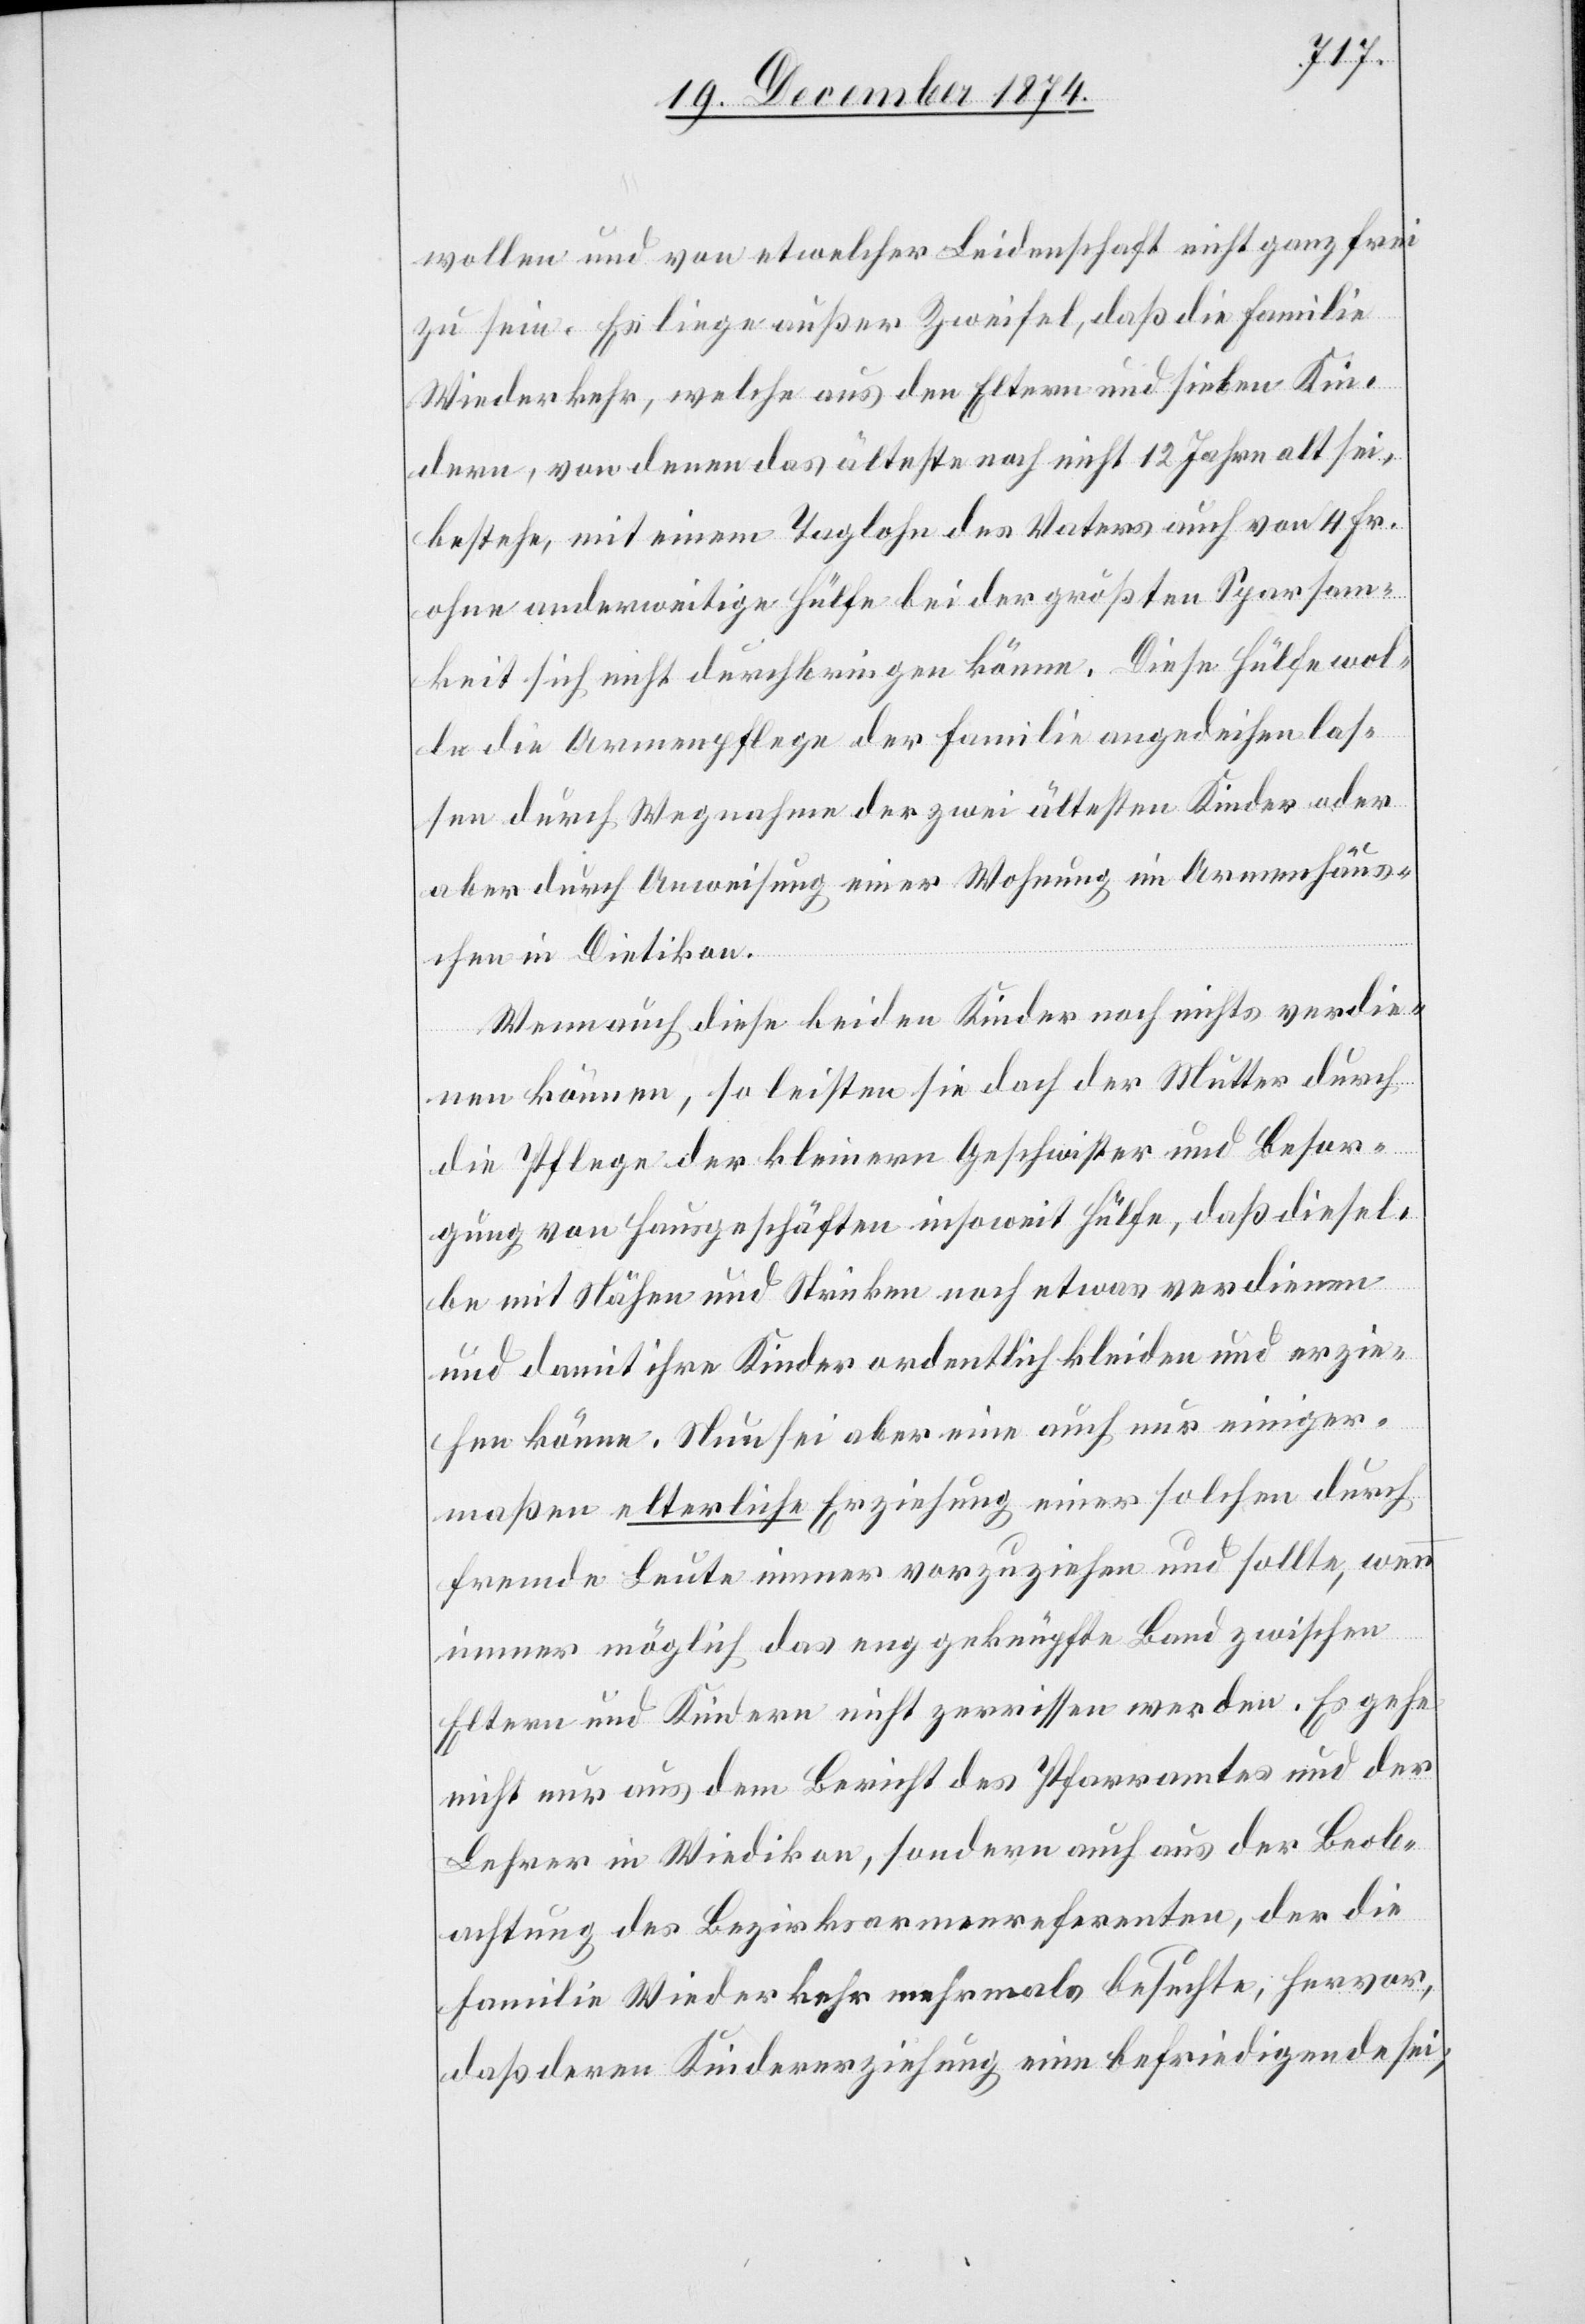
wollen und von etwelcher Leidenschaft nicht ganz frei
zu sein. Es liege außer Zweifel, daß die Familie
Wiederkehr, welche aus den Eltern und sieben Kin¬
dern, von denen das älteste noch nicht 12 Jahre alt sei,
bestehe, mit einem Taglohn des Vaters auch von 4 Fr.
ohne anderweitige Hülfe bei der größten Sparsam¬
keit sich nicht durchbringen könne. Diese Hülfe wol¬
le die Armenpflege der Familie angedeihen las¬
sen durch Wegnahme der zwei ältesten Kinder oder
aber durch Anweisung einer Wohnung im Armenhäus¬
chen in Dietikon.
Wenn auch diese beiden Kinder noch nichts verdie¬
nen können, so leisten sie doch der Mutter durch
die Pflege der kleineren Geschwister und Besor¬
gung von Hausgeschäften insoweit Hülfe, daß diesel¬
be mit Nähen und Stricken noch etwas verdienen
und damit ihre Kinder ordentlich kleiden und erzie¬
hen könne. Nun sei aber eine auch nur einiger¬
maßen elterliche Erziehung einer solchen durch
fremde Leute immer vorzuziehen und sollte, wenn
immer möglich das eng geknüpfte Band zwischen
Eltern und Kindern nicht zerrissen werden. Es gehe
nicht nur aus dem Bericht des Pfarramtes und der
Lehrer in Wiedikon, sondern auch aus der Beob¬
achtung des Bezirksarmenreferenten, der die
Familie Wiederkehr mehrmals besuchte, hervor,
daß deren Kindererziehung eine befriedigen sei,